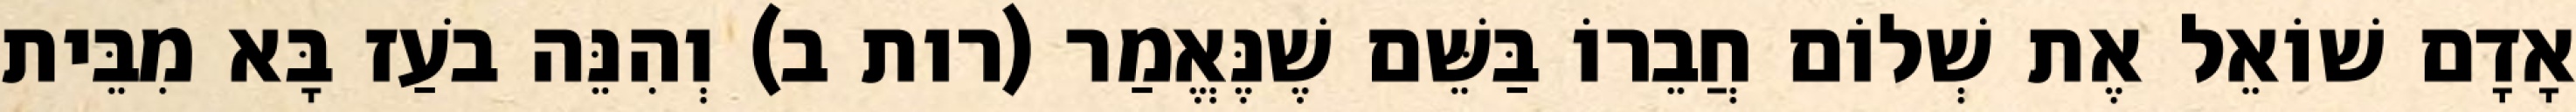
אָדָם שׁוֹאֵל אֶת שְׁלוֹם חֲבֵרוֹ בַּשֵּׁם שֶׁנֶּאֱמַר (רות ב) וְהִנֵּה בֹעַז בָּא מִבֵּית